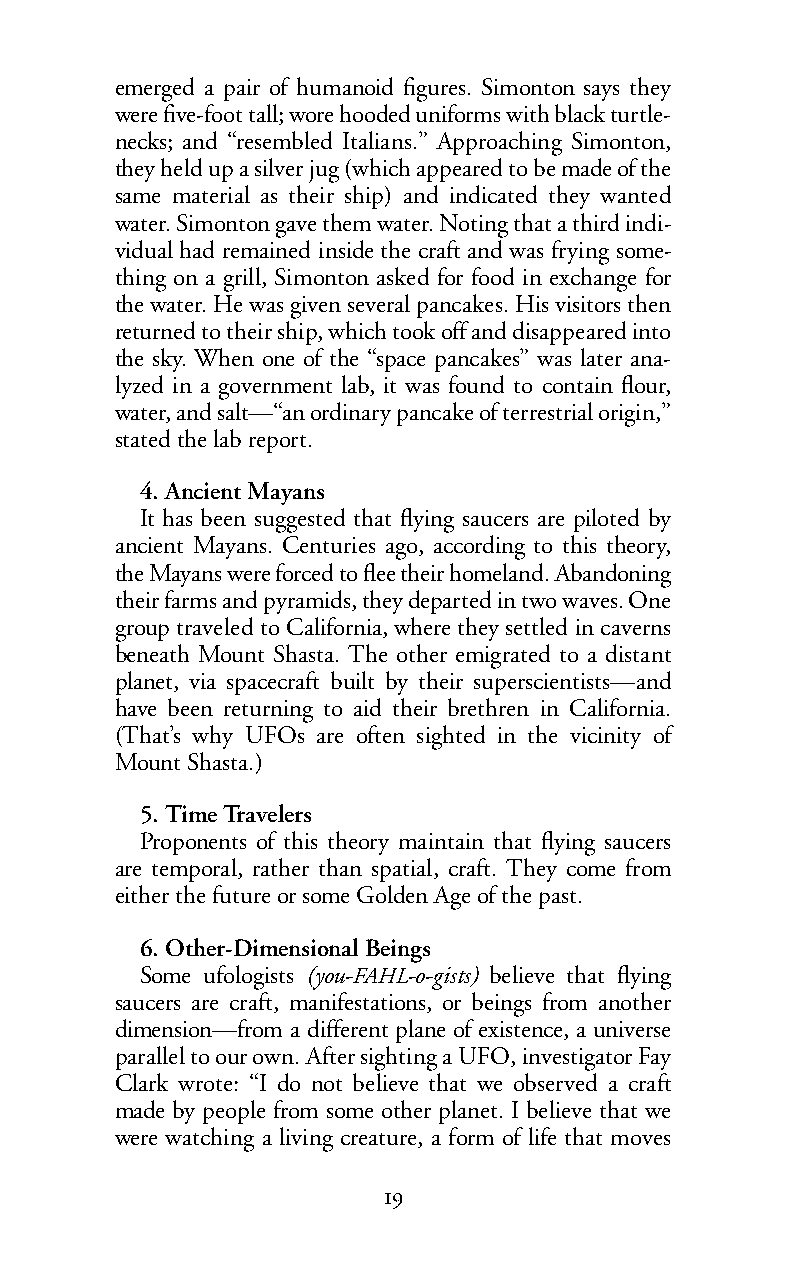
emerged a pair of humanoid figures. Simonton says they
 were five-foot tall; wore hooded uniforms with black turtle-
 necks; and “resembled Italians.” Approaching Simonton,
 they held up a silver jug (which appeared to be made of the
 same material as their ship) and indicated they wanted
 water. Simonton gave them water. Noting that a third indi-
 vidual had remained inside the craft and was frying some-
 thing on a grill, Simonton asked for food in exchange for
 the water. He was given several pancakes. His visitors then
 returned to their ship, which took off and disappeared into
 the sky. When one of the “space pancakes” was later ana-
 lyzed in a government lab, it was found to contain flour,
 water, and salt—“an ordinary pancake of terrestrial origin,”
 statedthe lab report.
 4. Ancient Mayans
 It has been suggested that flying saucers are piloted by
 ancient Mayans. Centuries ago, according to this theory,
 the Mayans were forced to flee their homeland. Abandoning
 their farms and pyramids, they departed in two waves. One
 group traveled to California, where they settled in caverns
 beneath Mount Shasta. The other emigrated to a distant
 planet, via spacecraft built by their superscientists—and
 have been returning to aid their brethren in California.
 (That’s why UFOs are often sighted in the vicinity of
 Mount Shasta.)
 5. Time Travelers
 Proponents of this theory maintain that flying saucers
 are temporal, rather than spatial, craft. They come from
 either the future or some Golden Age of the past.
 6. Other-Dimensional Beings
 Some ufologists (you-FAHL-o-gists) believe that flying
 saucers are craft, manifestations, or beings from another
 dimension—from a different plane of existence, a universe
 parallelto our own. After sighting a UFO, investigator Fay
 Clark wrote: “I do not believe that we observed a craft
 made by people from some other planet. I believe that we
 were watching a living creature, a form of life that moves
 